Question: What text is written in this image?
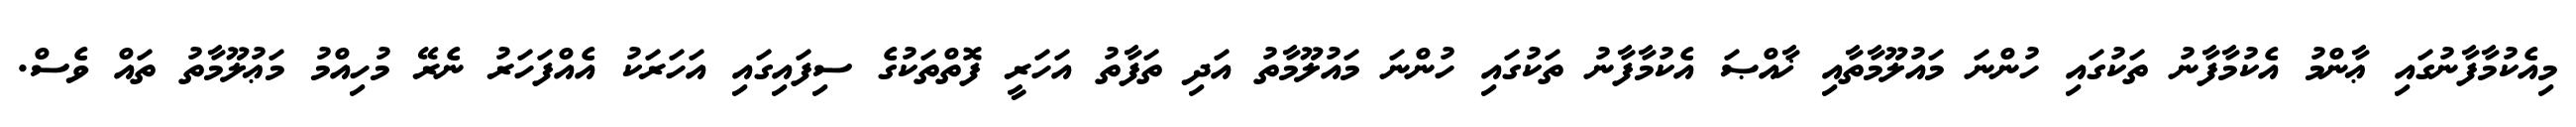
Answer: މިއެކުމާފާނުގައި ޢާންމު އެކުމާފާނު ތަކުގައި ހުންނަ މައުލޫމާތާއި ޚާއްޞަ އެކުމާފާނު ތަކުގައި ހުންނަ މައުލޫމާތު އަދި ތަފާތު އަހަރީ ފޮތްތަކުގެ ސިފައިގައި އަހަރަކު އެއްފަހަރު ނެރޭ މުހިއްމު މަޢުލޫމާތު ތައް ވެސް.